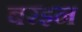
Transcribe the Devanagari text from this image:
बरइन